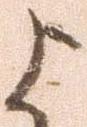
よ